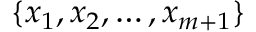
\{ x _ { 1 } , x _ { 2 } , \dots , x _ { m + 1 } \}